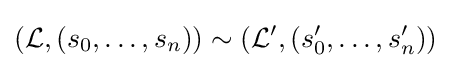
({\mathcal {L}},(s_{0},\ldots ,s_{n}))\sim ({\mathcal {L}}',(s_{0}',\ldots ,s_{n}'))